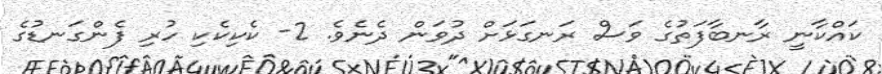
ކައްކާނީ ރާނބާފަތުގެ ވަސް ރަނގަޅަށް ދުވަން ދެނެވެ. 2- ކެކިކެކި ހުރި ފެންގަނޑުގެ